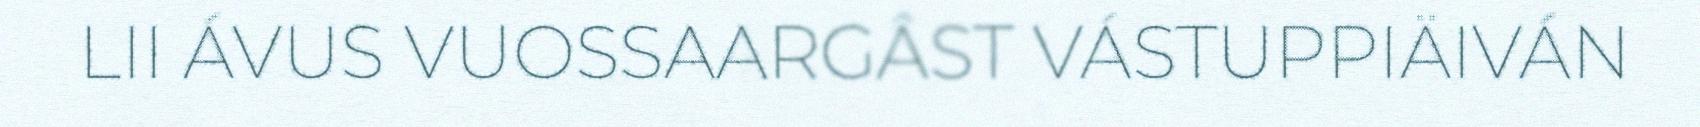
LII ÁVUS VUOSSAARGÂST VÁSTUPPIÄIVÁN